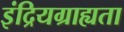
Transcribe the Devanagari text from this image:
इंद्रियग्राह्यता